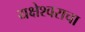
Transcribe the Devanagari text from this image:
यक्षेश्वराचा